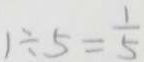
1 \div 5 = \frac { 1 } { 5 }